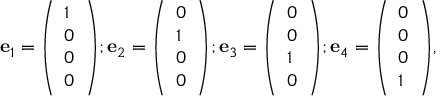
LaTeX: \mathbf { e } _ { 1 } = { \left( \begin{array} { l } { 1 } \\ { 0 } \\ { 0 } \\ { 0 } \end{array} \right) } ; \mathbf { e } _ { 2 } = { \left( \begin{array} { l } { 0 } \\ { 1 } \\ { 0 } \\ { 0 } \end{array} \right) } ; \mathbf { e } _ { 3 } = { \left( \begin{array} { l } { 0 } \\ { 0 } \\ { 1 } \\ { 0 } \end{array} \right) } ; \mathbf { e } _ { 4 } = { \left( \begin{array} { l } { 0 } \\ { 0 } \\ { 0 } \\ { 1 } \end{array} \right) } ,